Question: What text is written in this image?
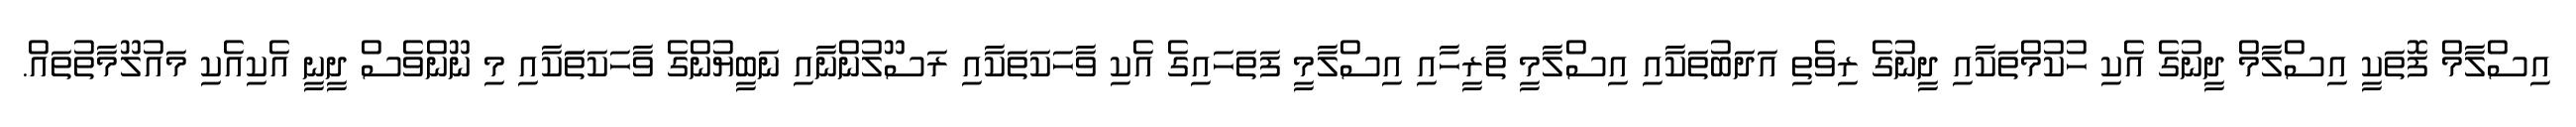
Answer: އިސްލާމް ފޮތަކީ އިސްލާމް ދީނުގެ އެކި ހުކުމްތަކާއި ދީނުގެ ރިވެތި އަދަބުތަކާއި އިސްލާމީ ތާރީހާއި އިސްލާމީ ފަތަހައިގެ އެކި ވާހަކަތަކާއި ރަސޫލުންނާއި ނަބީޔުންގެ ވާހަކަތަަކާއި މި ނޫންވެސް ދީނީ އެކިއެކި މައުލޫމާތުތައް.